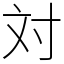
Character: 対